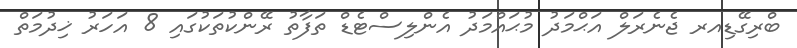
ބްރިގޭޑިއރ ޖެނެރަލް އަޙްމަދު މުޙައްމަދު އެންލިސްޓެޑް ތަފާތު ރޭންކުތަކުގައި 8 އަހަރު ޚިދުމަތް